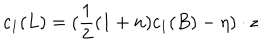
LaTeX: c _ { 1 } ( L ) = ( \frac { 1 } { 2 } ( 1 + n ) c _ { 1 } ( B ) - \eta ) \cdot z